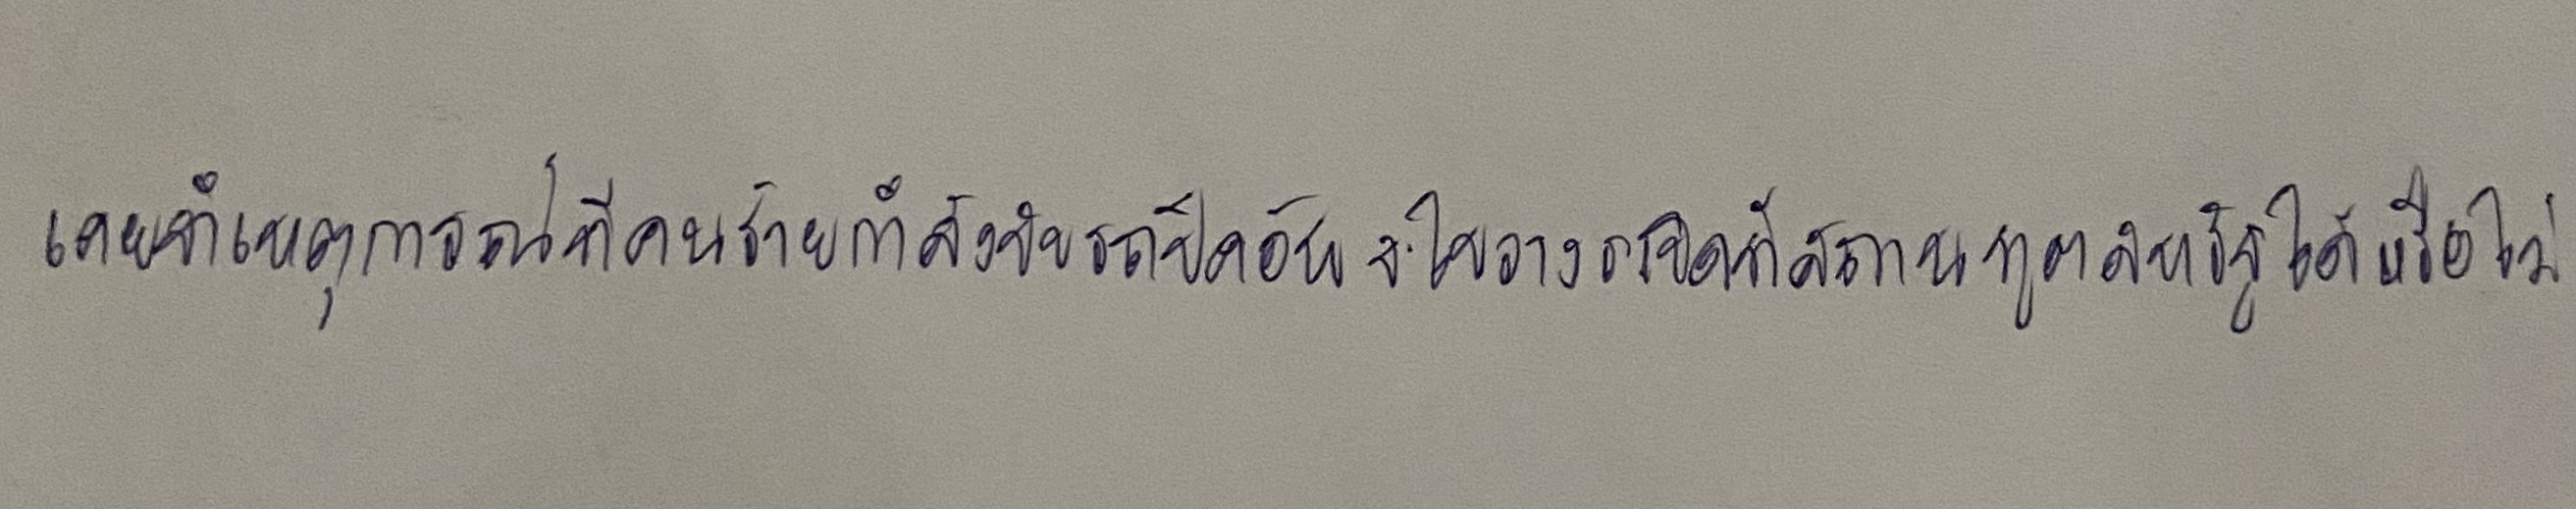
เคยจำเหตุการณ์ที่คนร้ายกำลังขับรถปิคอัพจะไปวางระเบิดที่สถานทูตสหรัฐฯได้หรือไม่